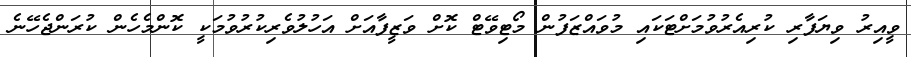
ވީއިރު ވިޔަފާރި ކުރިއެރުވުމަށްޓަކައި މުވައްޒަފުން މޯޓިވޭޓް ކޮށް ވަޒީފާއަށް އަހުލުވެރިކުރުވުމަކީ ކޮންމެހެން ކުރަންޖެހޭނެ